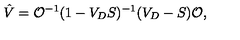
\hat { V } = { \cal O } ^ { - 1 } ( 1 - V _ { D } S ) ^ { - 1 } ( V _ { D } - S ) { \cal O } ,